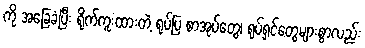
ကို အခြေခံပြီး ရိုက်ကူးထားတဲ့ ရုပ်ပြ စာအုပ်တွေ၊ ရုပ်ရှင်တွေများစွာလည်း